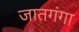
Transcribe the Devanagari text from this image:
जातगंगा